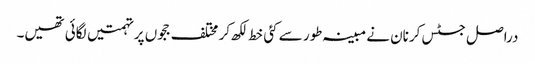
دراصل جسٹس کرنان نے مبینہ طور سے کئی خط لکھ کر مختلف ججوں پر تہمتیں لگائی تھیں۔